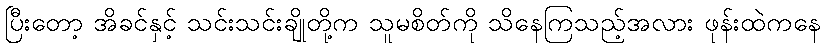
ပြီးတော့ အိခင်နှင့် သင်းသင်းချိုတို့က သူမစိတ်ကို သိနေကြသည့်အလား ဖုန်းထဲကနေ